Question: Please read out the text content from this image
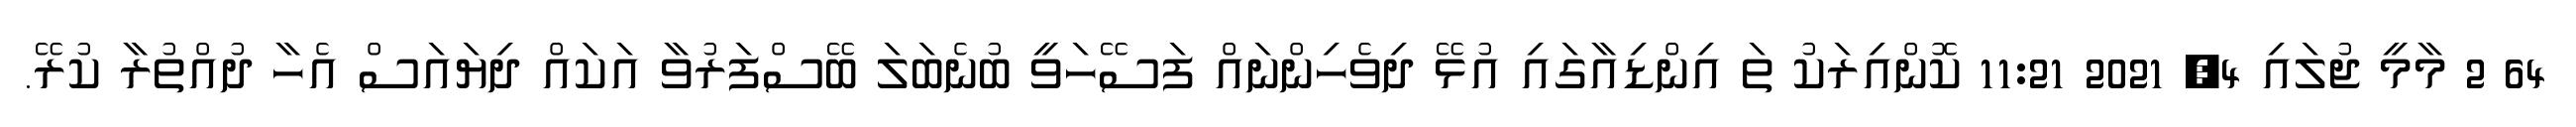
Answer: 64 2 މާމީ ޖުލައި 4, 2021 11:21 ކޮންއިރަކު ތަ އިންޑިއާގައި އުޅޭ ދިވެހިންނައް ފަސޭހަވީ ބުނެބަލަ ބޭސްފަރުވާ އަކައް ދިޔައަސް އެހާ ދުއްތުރާ ކުރޭ.